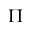
\Pi